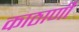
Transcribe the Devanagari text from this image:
काठाणी